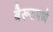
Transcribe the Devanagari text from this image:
बैरूतमध्ये